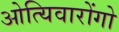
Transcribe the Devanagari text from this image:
ओत्यिवारोंगो